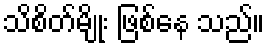
သိစိတ်မျိုး ဖြစ်နေ သည်။